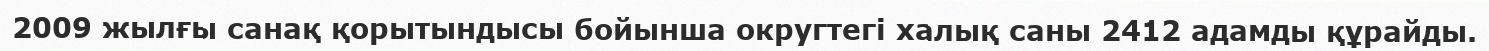
2009 жылғы санақ қорытындысы бойынша округтегі халық саны 2412 адамды құрайды.